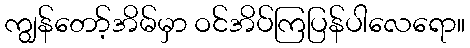
ကျွန်တော့်အိမ်မှာ ဝင်အိပ်ကြပြန်ပါလေရော။